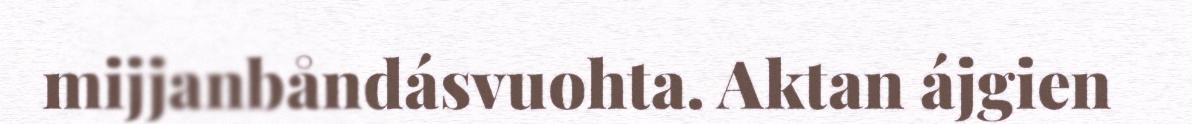
mijjanbåndásvuohta. Aktan ájgien